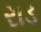
રાડ